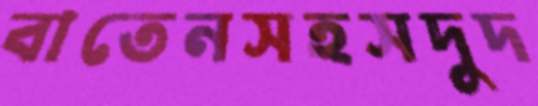
বাতেনসহসদুদ